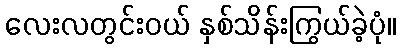
လေးလတွင်းဝယ် နှစ်သိန်းကြွယ်ခဲ့ပုံ။